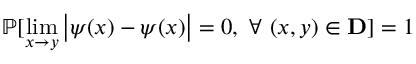
\mathbb { P } [ \operatorname* { l i m } _ { { x } \rightarrow { y } } \big | \psi ( { x } ) - { \psi } ( x ) \big | = 0 , ~ \forall ~ ( { x } , { y } ) \in \mathbf { D } ] = 1